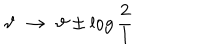
\vartheta \, \, \rightarrow \, \, \vartheta \pm \log \frac { 2 } { l }